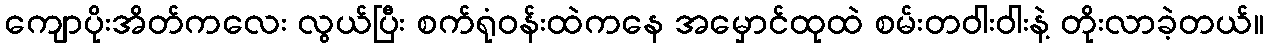
ကျောပိုးအိတ်ကလေး လွယ်ပြီး စက်ရုံဝန်းထဲကနေ အမှောင်ထုထဲ စမ်းတဝါးဝါးနဲ့ တိုးလာခဲ့တယ်။